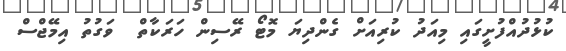
ކުޅުދުއްފުށީގައި މިއަދު ކުރިއަށް ގެންދިޔަ މޮޓޯ ރޭސިން ހަރަކާތް  ވަގުތު އިމޭޖްސް